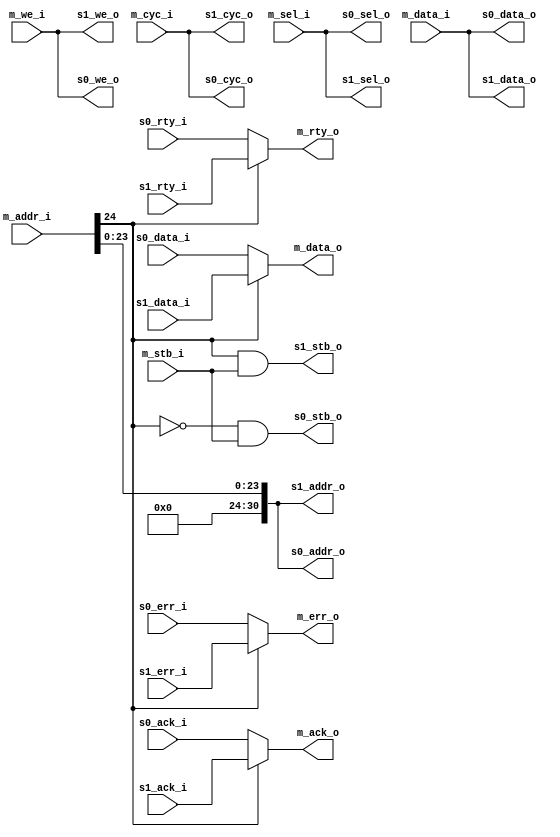
/*
 * Simple arbiter for 1 master and two slaves.
 * Before writing uber awesome n:n arbiter, I'd like,
 * to write something simple.
 *
 * Selecting the slave is done by driving MSB of addr_i.
 */

module arbiter_1m_2s
	#( parameter ADDR_WIDTH=32,
		parameter DATA_WIDTH=32
	)
(
	/* Master wishbone */
	input		[ADDR_WIDTH-1:0]	m_addr_i,
	input		[DATA_WIDTH-1:0]	m_data_i,
	output 		[DATA_WIDTH-1:0]	m_data_o,
	input							m_cyc_i,
	input					[3:0]	m_sel_i,
	input							m_stb_i,
	input							m_we_i,
	output							m_ack_o,
	output							m_err_o,
	output							m_rty_o,

	/* slave one */
	output 		[ADDR_WIDTH-2:0]	s0_addr_o,
	output 		[DATA_WIDTH-1:0]	s0_data_o,
	input		[DATA_WIDTH-1:0]	s0_data_i,
	output							s0_cyc_o,
	output					[3:0]	s0_sel_o,
	output							s0_stb_o,
	output							s0_we_o,
	input							s0_ack_i,
	input							s0_err_i,
	input							s0_rty_i,

	/* slave two */
	output 		[ADDR_WIDTH-2:0]	s1_addr_o,
	output 		[DATA_WIDTH-1:0]	s1_data_o,
	input		[DATA_WIDTH-1:0]	s1_data_i,
	output							s1_cyc_o,
	output					[3:0]	s1_sel_o,
	output							s1_stb_o,
	output							s1_we_o,
	input							s1_ack_i,
	input							s1_err_i,
	input							s1_rty_i
);

wire cs = m_addr_i[24];

assign s0_stb_o = ~cs & m_stb_i;
assign s1_stb_o = cs & m_stb_i;

assign s0_addr_o = {8'b0, m_addr_i[ADDR_WIDTH-9:0]};
assign s1_addr_o = {8'b0, m_addr_i[ADDR_WIDTH-9:0]};

assign s0_data_o = m_data_i;
assign s1_data_o = m_data_i;

assign m_data_o = cs ? s1_data_i : s0_data_i;

assign s0_cyc_o = m_cyc_i;
assign s1_cyc_o = m_cyc_i;

assign s0_sel_o = m_sel_i;
assign s1_sel_o = m_sel_i;

assign s0_we_o = m_we_i;
assign s1_we_o = m_we_i;

assign m_ack_o = cs ? s1_ack_i : s0_ack_i;
assign m_err_o = cs ? s1_err_i : s0_err_i;
assign m_rty_o = cs ? s1_rty_i : s0_rty_i;


endmodule